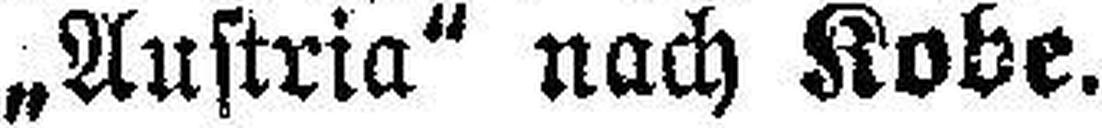
„Austria" nach Kobe.